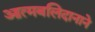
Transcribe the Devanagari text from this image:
आत्मबलिदानाने